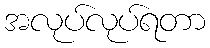
အလုပ်လုပ်ရတာ